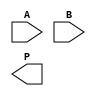
module radix4_multiplier #(parameter N = 8) (
    input signed [N-1:0] A,  // Multiplicand
    input signed [N-1:0] B,  // Multiplier
    output reg signed [2*N-1:0] P  // Product
);
    reg signed [N-1:0] A_shifted; // Shifted multiplicand
    reg signed [2*N-1:0] partial_product [0:2]; // Partial products
    reg [N:0] B_ext; // Extended multiplier
    integer i;

    // Extend the multiplier B with an additional bit for Booth's algorithm
    always @(*) begin
        B_ext = {B[N-1], B}; // Sign-extend the multiplier
        P = 0; // Initialize product
        A_shifted = A; // Initialize shifted multiplicand

        for (i = 0; i < N; i = i + 2) begin
            case (B_ext[i+1:i])
                2'b00: partial_product[i/2] = 0; // No operation
                2'b01: partial_product[i/2] = A_shifted; // Add A
                2'b10: partial_product[i/2] = -A_shifted; // Subtract A
                2'b11: partial_product[i/2] = A_shifted << 1; // Add 2A
            endcase
            // Shift partial products according to their position
            partial_product[i/2] = partial_product[i/2] << i; 
        end

        // Accumulate the partial products
        for (i = 0; i < (N/2 + 1); i = i + 1) begin
            P = P + partial_product[i];
        end
    end
endmodule